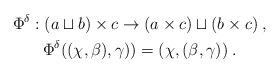
LaTeX: \begin{align*}\begin{gathered}\Phi^\delta: (a\sqcup b) \times c\rightarrow (a\times c)\sqcup (b\times c)\;,\\\Phi^\delta((\chi,\beta),\gamma))=(\chi,(\beta,\gamma))\;.\end{gathered}\end{align*}